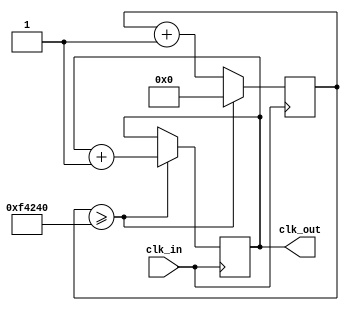
`timescale 1ns / 1ps

module GameClockDivider #(parameter hz = 100)(
    clk_in,
    clk_out
    );
	 parameter max_count = 100000000 / hz;
	 
    input clk_in;
    output clk_out;
	 reg c_out = 1'b0;
	 reg [28:0] count = 29'b0;
	 always @ (posedge clk_in) begin
			count <= count + 1'b1;
			if (count >= max_count) begin
				c_out <= c_out + 1'b1;
				count <= 29'b0;
			end
	end
	assign clk_out = c_out;
endmodule